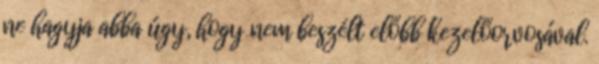
ne hagyja abba úgy, hogy nem beszélt előbb kezelőorvosával.